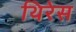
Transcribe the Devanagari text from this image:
थिरेस